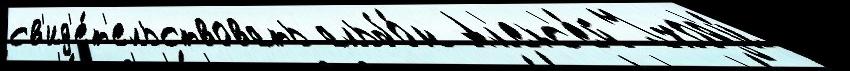
св'ид'е́т'ельствовать альбо́м Ал'екс'е́й Уход'и́